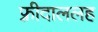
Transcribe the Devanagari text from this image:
फ़्रीदाललह